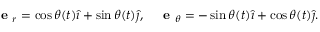
{ \textbf { e } } _ { r } = \cos \theta ( t ) { \hat { \imath } } + \sin \theta ( t ) { \hat { \jmath } } , \quad { \textbf { e } } _ { \theta } = - \sin \theta ( t ) { \hat { \imath } } + \cos \theta ( t ) { \hat { \jmath } } .